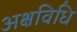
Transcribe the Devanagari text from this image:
अक्षविधि